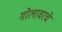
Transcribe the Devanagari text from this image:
गोलावरचे